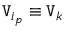
\mathtt { V } _ { i _ { p } } \equiv \mathtt { V } _ { k }